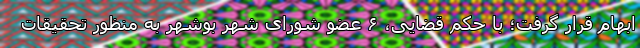
ابهام قرار گرفت؛ با حکم قضایی، ۶ عضو شورای شهر بوشهر به منظور تحقیقات